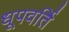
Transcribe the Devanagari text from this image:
धूपवर्ति